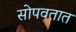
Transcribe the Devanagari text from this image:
सोपवतात